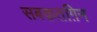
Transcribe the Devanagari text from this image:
सबक़तग़िन